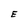
Character: E